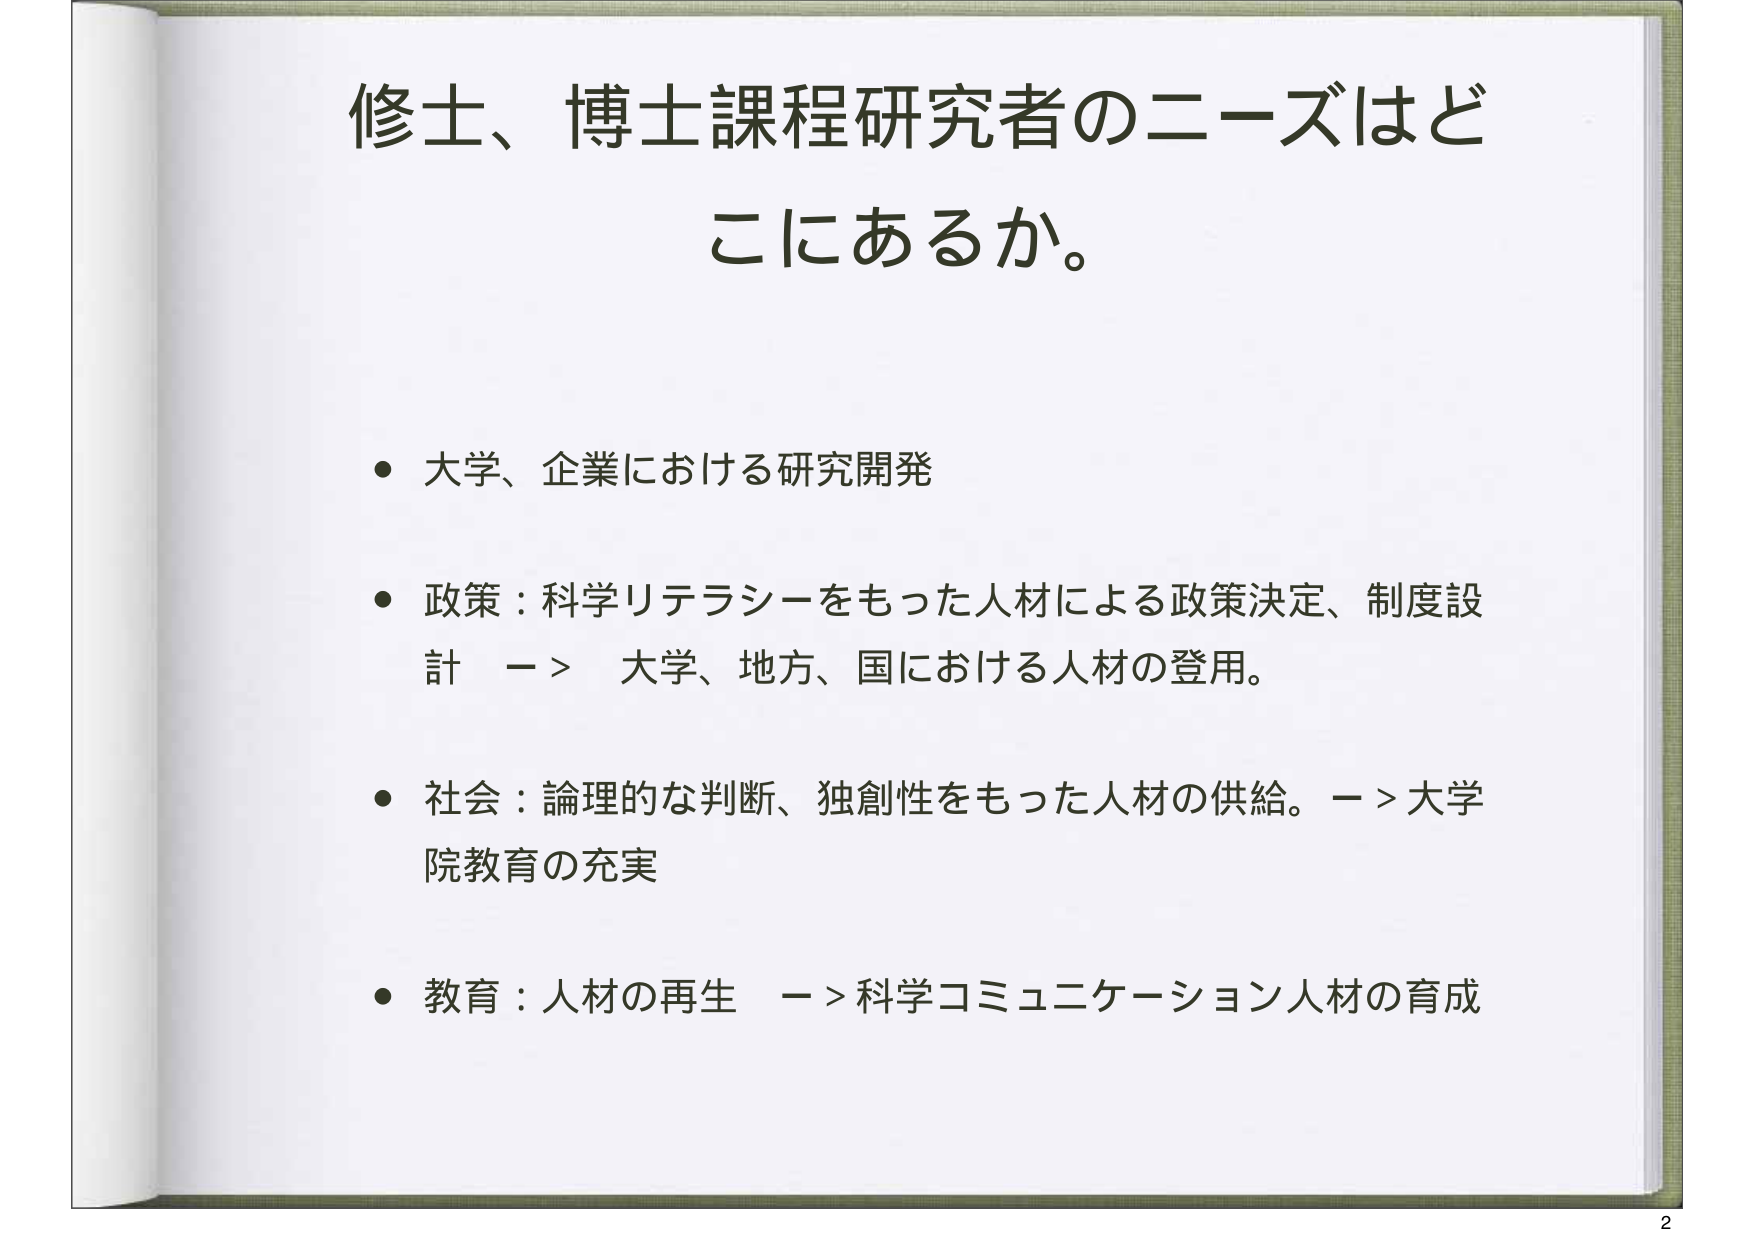
修士、博士課程研究者のニーズはどこにあるか。

● 大学、企業における研究開発

● 政策：科学リテラシーをもった人材による政策決定、制度設計　→　大学、地方、国における人材の登用。

● 社会：論理的な判断、独創性をもった人材の供給。→大学院教育の充実

● 教育：人材の再生　→科学コミュニケーション人材の育成

2